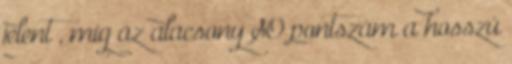
jelent , míg az alacsony SO pontszám a hosszú